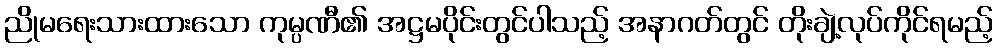
ညိုမရေးသားထားသော ကုမ္ပဏီ၏ အဋ္ဌမပိုင်းတွင်ပါသည့် အနာဂတ်တွင် တိုးချဲ့လုပ်ကိုင်ရမည့်